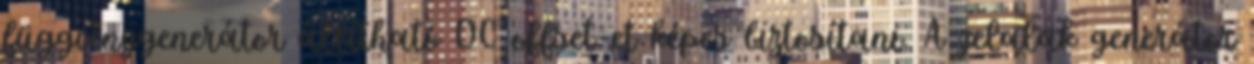
függvénygenerátor állítható DC offset-et képes biztosítani. A jelalak generátor